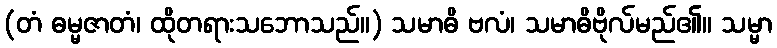
(တံ ဓမ္မဇာတံ၊ ထိုတရားသဘောသည်။) သမာဓိ ဗလံ၊ သမာဓိဗိုလ်မည်၏။ သမ္မာ